Report on vaccination in Madras 1904-1921 - 1904-1921
Year: 1904
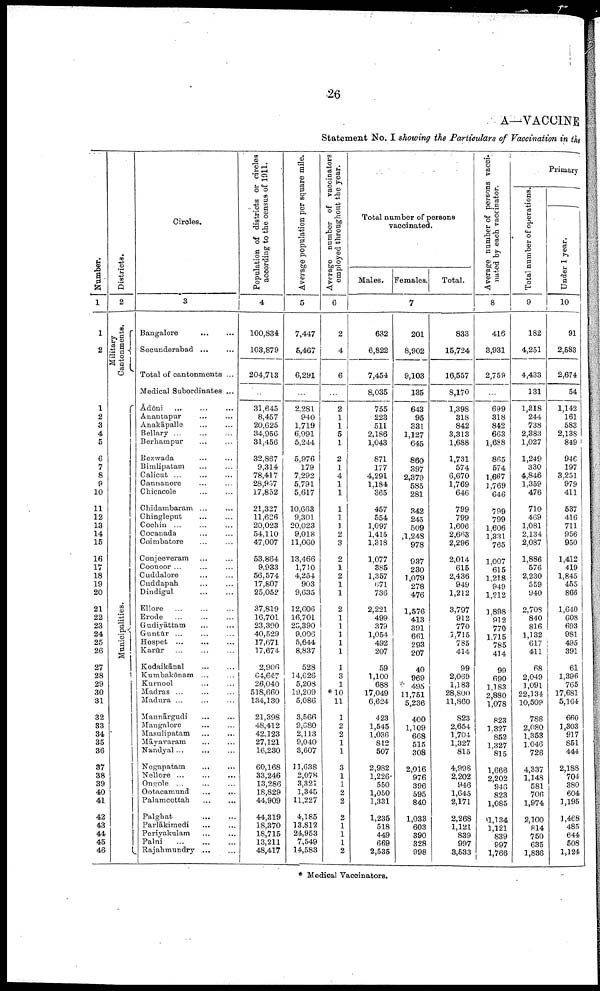
26
A—VACCINE
Statement No. I showing the Particulars of Vaccination in the
Number.
1
1
2
1
2
3
4
5
6
7
8
9
10
11
12
13
14
15
16
17
18
19
20
21
22
23
24
25
26
27
28
29
30
31
32
33
34
35
36
37
38
39
40
41
42
43
44
45
46
Districts.
2
Military
Cantonments.
Municipalities.
Circles.
3
Bangalore
...
...
Secunderabad ... ...
Total of cantonments ...
Medical Subordinates ...
Ādōni
...
...
...
Anantapur ... ...
Anakāpalle ... ...
Bellary ... ... ...
Berhampur ... ...
Bezwada ... ...
Bimlipatam ... ...
Calicut ... ... ...
Cannanore ... ...
Chicacole ... ...
Chidambaram ... ...
Chingleput ... ...
Cochin ... ... ...
Cocanada ... ...
Coimbatore ... ...
Conjeeveram ... ...
Coonoor ... ... ...
Cuddalore ... ...
Cuddapah ... ...
Dindigul ... ...
Ellore
...
...
...
Erode
...
...
...
Gudiyāttam ... ...
Guntūr ... ... ...
Hospet
...
...
...
Karūr ... ... ...
Kodaikānal
...
...
Kumbakōnam ... ...
Kurnool ... ...
Madras ... ... ...
Madura ... ... ...
Mannārgudi
...
...
Mangalore ... ...
Masulipatam ... ...
Māyavaram ... ...
Nandyal ... ... ...
Negapatam ... ...
Nellore ... ... ...
Ongole ... ... ...
Ootacamund ... ...
Palamcottah ... ...
Palghat ... ...
Parlākimedi ... ...
Periyakulam ... ...
Palni
...
...
...
Rajahmundry...
...
Population of districts or circles
according to the census of 1911.
4
100,834
103,879
204,713
...
31,645
8,457
20,625
34,956
31,456
32,867
9,314
78,417
28,957
17,852
21,327
11,626
20,023
54,110
47,007
53,864
9,933
56,574
17,807
25,052
37,819
16,701
23,390
40,529
17,671
17,674
2,906
64,647
26,040
518,660
134,130
21,398
48,412
42,123
27,121
16,230
60,168
33,246
13,286
18,829
44,909
44,319
18,370
18,715
13,211
48,417
Average population per square mile.
5
7,447
5,467
6,291
...
2,281
940
1,719
6,991
5,244
5,976
179
7,292
5,791
5,617
10,663
9,301
20,023
9,018
11,060
13,466
1,710
4,254
903
9,635
12,606
16,701
23,390
9,006
5,644
8,837
528
14,626
5,208
19,209
5,086
3,566
9,680
2,113
9,040
3,607
11,638
2,078
3,321
1,345
11,227
4,185
13,812
24,953
7,549
14,583
Average number of vaccinators
employed throughout the year.
6
2
4
6
...
2
1
1
5
1
2
1
4
1
1
1
1
1
2
3
2
1
2
1
1
2
1
1
1
1
1
1
3
1
*10
11
1
2
2
1
1
3
1
1
2
2
2
1
1
1
2
Total number of persons
vaccinated.
Males. Females.
Total.
7
632
6,822
7,454
8,035
755
223
511
2,186
1,043
871
177
4,291
1,184
365
457
554
1,097
1,415
1,318
1,077
385
1,357
671
736
2,221
499
379
1,054
492
207
59
1,100
688
17,049
6,624
423
1,545
1,036
812
507
2,982
1,226
550
1,050
1,331
1,235
518
449
669
2,535
201
8,902
9,103
135
643
95
331
1,127
645
860
397
2,379
585
281
342
245
509
,1,248
978
937
230
1,079
278
476
1,576
413
391
661
293
207
40
969
495
11,751
5,236
400
1,109
668
515
308
2,016
976
396
595
840
1,033
603
390
328
998
833
15,724
16,557
8,170
1,398
318
842
3,313
1,688
1,731
574
6,670
1,769
646
799
799
1,606
2,663
2,296
2,014
615
2,436
949
1,212
3,797
912
770
1,715
785
414
99
2,069
1,183
28,800
11,860
823
2,654
1,704
1,327
815
4,998
2,202
946
1,645
2,171
2,268
1,121
839
997
3,533
Average number of persons vacci¬
nated by each vaccinator.
8
416
3,931
2,759
...
699
318
842
663
1,688
865
574
1,667
1,769
646
799
799
1,606
1,331
765
1,007
615
1,218
949
1,212
1,898
912
770
1,715
785
414
99
690
1,183
2,880
1,078
823
1,327
852
1,327
815
1,666
2,202
946
823
1,085
1,134
1,121
839
997
1,766
Primary
Total number of operations.
9
182
4,251
4,433
131
1,318
244
738
2,383
1,027
1,249
330
4,846
1,359
476
710
469
1,081
2,134
2,087
1,886
576
2,230
559
940
2,708
840
816
1,132
617
411
68
2,049
1,091
22,134
10,509
788
2,080
1,353
1,046
726
4,337
1,148
581
706
1,974
2,100
814
750
635
1,836
Under 1 year.
10
91
2,583
2,674
54
1,142
161
583
2,138
849
946
197
3,251
979
411
537
416
711
956
950
1,412
419
1,845
455
866
1,640
608
693
981
495
391
61
1,396
765
17,681
5,164
660
1,303
917
851
444
2,188
704
380
604
1,195
1,468
485
644
508
1,124
* Medical Vaccinators.